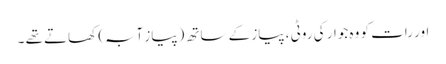
اور رات کو وہ جوار کی روٹی ، پیاز کے ساتھ (پیاز آبہ) کھاتے تھے ۔